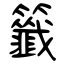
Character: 籤